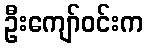
ဦးကျော်ဝင်းက